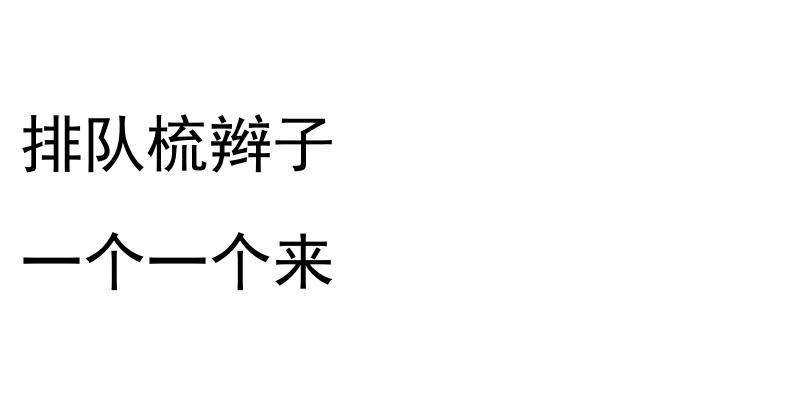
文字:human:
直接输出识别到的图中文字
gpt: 排队梳辫子 一个一个来